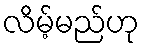
လိမ့်မည်ဟု